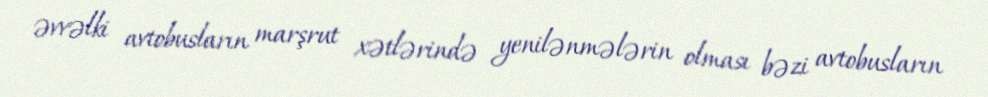
əvvəlki avtobusların marşrut xətlərində yenilənmələrin olması bəzi avtobusların